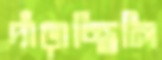
দাঁড়াচ্ছিলি